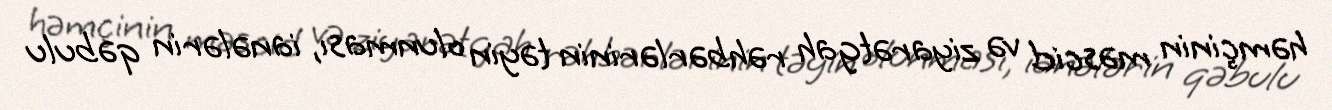
həmçinin məscid və ziyarətgah rəhbərlərinin təyin olunması, ianələrin qəbulu